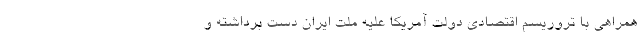
همراهی با تروریسم اقتصادی دولت آمریکا علیه ملت ایران دست برداشته و